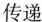
传递